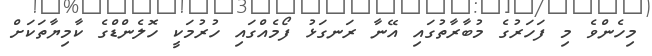
މިހެންވެ މި ފަހަރުގެ މުބާރާތުގައި އޭނާ ރަނގަޅު ފޯމެއްްގައި ހުރުމަކީ ހޮލެންޑްގެ ކާމިޔާތަކަށް